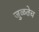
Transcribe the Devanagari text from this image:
जुळतेच